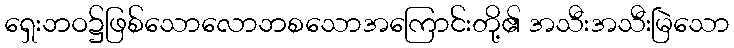
ရှေးဘဝ၌ဖြစ်သောလောဘစသောအကြောင်းတို့၏ အသီးအသီးမြဲသော